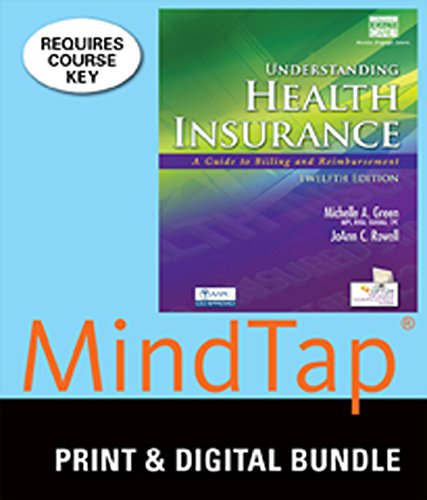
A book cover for Bundle: Understanding Health Insurance: A Guide to Billing and Reimbursement (with Cengage EncoderPro.com Demo Printed Access Card), 12th + Workbook + ... Care, 2 terms (12 months) Printed Access Card; Michelle A. Green; Business & Money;